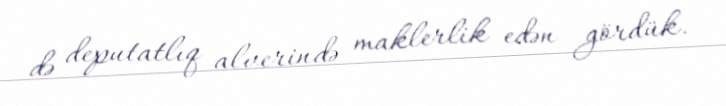
də deputatlıq alverində maklerlik edən gördük.